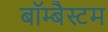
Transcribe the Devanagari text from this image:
बॉम्बैस्टम